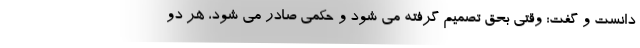
دانست و گفت: وقتی بحق تصمیم گرفته می شود و حکمی صادر می شود، هر دو